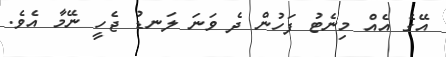
އޭގެ އެއް މިނެޓު ފަހުން ދެ ވަނަ ލަނޑު ޖެހީ ނޭމާ އެވެ.